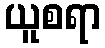
ယူစရာ